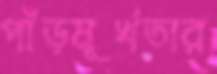
পাঁড়মূর্খতার